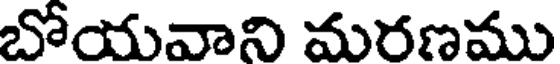
బోయవాని మరణము